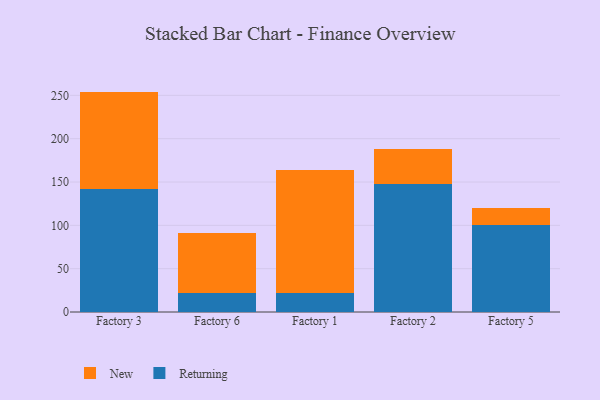
{"axis": {"x": "Factory", "y": "Customer Acquisition Cost (USD)"}, "legend": ["New", "Returning"], "data": [{"x": "Factory 3", "y": 141.7, "type": "Returning"}, {"x": "Factory 3", "y": 112.6, "type": "New"}, {"x": "Factory 6", "y": 22.3, "type": "Returning"}, {"x": "Factory 6", "y": 68.9, "type": "New"}, {"x": "Factory 1", "y": 21.9, "type": "Returning"}, {"x": "Factory 1", "y": 142.2, "type": "New"}, {"x": "Factory 2", "y": 147.5, "type": "Returning"}, {"x": "Factory 2", "y": 40.2, "type": "New"}, {"x": "Factory 5", "y": 100.2, "type": "Returning"}, {"x": "Factory 5", "y": 19.9, "type": "New"}]}